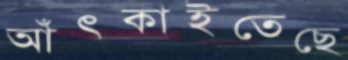
আঁৎকাইতেছে